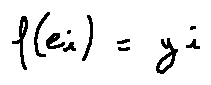
f ( e _ { i } ) = y _ { i }